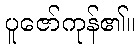
ပူဇော်ကုန်၏။